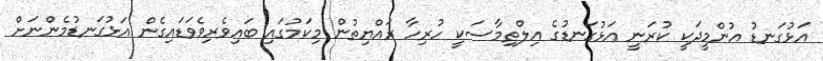
އަޅުގަނޑު އުންމީދަކީ ކުރަނީ އަޅުގަނޑުގެ އިލްތިމާސަކީ ހުރިހާ ރައްޔިތުން މިކަމުގައި ބައިވެރިވެވަޑައިގެން އަޅުގަނޑުމެންނަށް